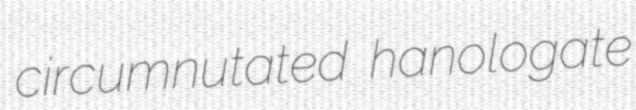
circumnutated hanologate